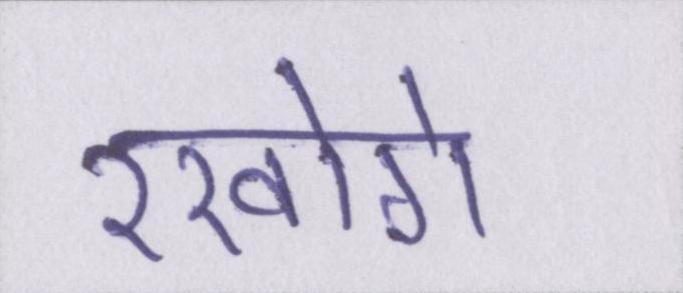
रखोगे